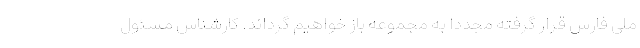
ملی فارس قرار گرفته مجددا به مجموعه باز خواهیم گرداند. کارشناس مسئول